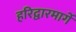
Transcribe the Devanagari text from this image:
हरिद्वारमार्गे